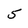
Character: 5